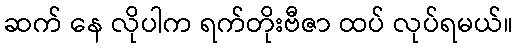
ဆက် နေ လိုပါက ရက်တိုးဗီဇာ ထပ် လုပ်ရမယ်။